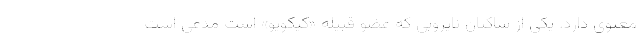
معنوی دارد. یکی از ساکنان نایروبی که عضو قبیله «کیکویو» است مدعی است